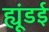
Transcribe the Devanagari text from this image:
ह्यूंडई